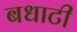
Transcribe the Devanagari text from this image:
बधाटी